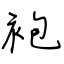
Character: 袍